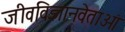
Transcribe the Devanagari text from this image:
जीवविज्ञानवेताओं